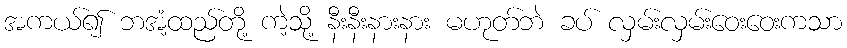
အကယ်၍ ဘအံ့ထည်တို့ ကဲ့သို့ နီးနီးနားနား မဟုတ်ဘဲ ခပ် လှမ်းလှမ်းဝေးဝေးကသာ